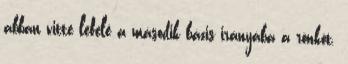
abban vitte lefelé a második bázis irányába a rönköt.